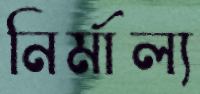
নির্মাল্য